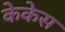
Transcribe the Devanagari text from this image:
केकेस